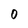
Character: 0